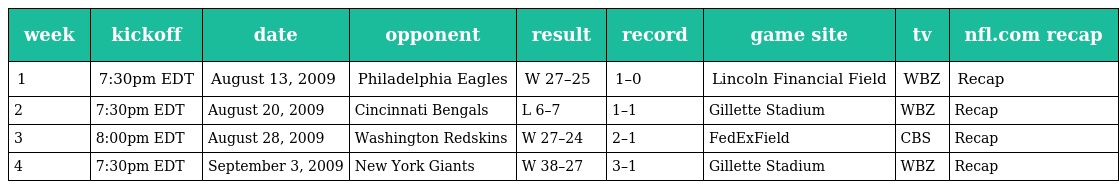
| week | kickoff | date | opponent | result | record | game site | tv | nfl.com recap |
 | --- | --- | --- | --- | --- | --- | --- | --- | --- |
 | 1 | 7:30pm EDT | August 13, 2009 | Philadelphia Eagles | W 27–25 | 1–0 | Lincoln Financial Field | WBZ | Recap |
 | 2 | 7:30pm EDT | August 20, 2009 | Cincinnati Bengals | L 6–7 | 1–1 | Gillette Stadium | WBZ | Recap |
 | 3 | 8:00pm EDT | August 28, 2009 | Washington Redskins | W 27–24 | 2–1 | FedExField | CBS | Recap |
 | 4 | 7:30pm EDT | September 3, 2009 | New York Giants | W 38–27 | 3–1 | Gillette Stadium | WBZ | Recap |